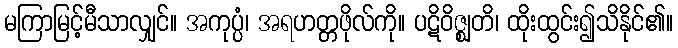
မကြာမြင့်မီသာလျှင်။ အကုပ္ပံ၊ အရဟတ္တဖိုလ်ကို။ ပဋိဝိဇ္ဈတိ၊ ထိုးထွင်း၍သိနိုင်၏။